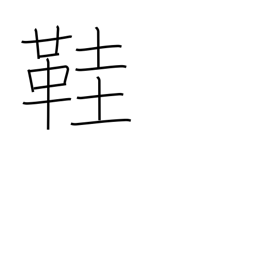
Meaning: straw sandals